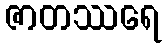
ဇာတဿရေ